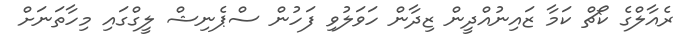
ރެއާލްގެ ކޯޗް ކަމާ ޒައިނުއްދީން ޒިދާން ހަވަލުވި ފަހުން ސްޕެނިޝް ލީގްގައި މިހާތަނަށް